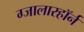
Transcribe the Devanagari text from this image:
ग्जालारहॉर्न